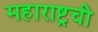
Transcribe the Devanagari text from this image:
महाराष्ट्रची